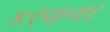
કરવાનાર